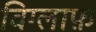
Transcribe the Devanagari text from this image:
विग्लाफ़